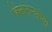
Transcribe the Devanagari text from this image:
किनाराऱ्याच्या